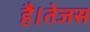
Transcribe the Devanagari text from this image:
है।तेजस